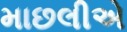
માછલીએ